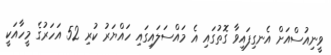
ވީނިއުސްއަށް އެނގިފައިވާ ގޮތުގައި އެ މައްސަލައިގައި ހައްޔަރު ކުރި 52 އަހަރުގެ މީހާއަކީ